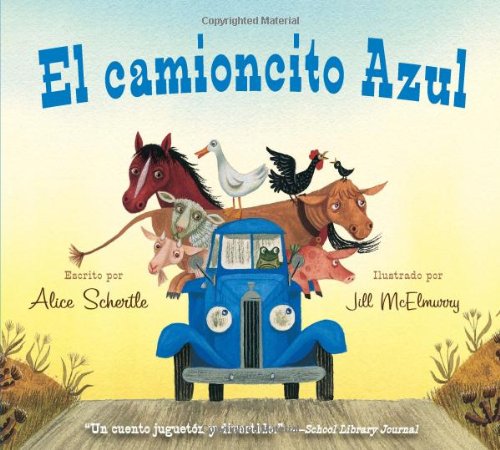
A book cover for El camioncito Azul (Little Blue Truck, Spanish Edition); Alice Schertle; Children's Books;